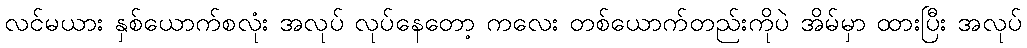
လင်မယား နှစ်ယောက်စလုံး အလုပ် လုပ်နေတော့ ကလေး တစ်ယောက်တည်းကိုပဲ အိမ်မှာ ထားပြီး အလုပ်